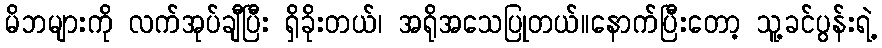
မိဘများကို လက်အုပ်ချီပြီး ရှိခိုးတယ်၊ အရိုအသေပြုတယ်။နောက်ပြီးတော့ သူ့ခင်ပွန်းရဲ့